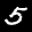
Digit: 5